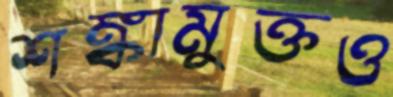
শঙ্কামুক্তও